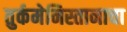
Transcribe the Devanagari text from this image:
तुर्कमेनिस्तानाचा